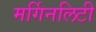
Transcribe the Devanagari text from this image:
मर्गिनलिटी